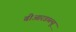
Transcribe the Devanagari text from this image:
बीआरडब्ल्यू